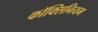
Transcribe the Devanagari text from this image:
कॉक्सिनियम